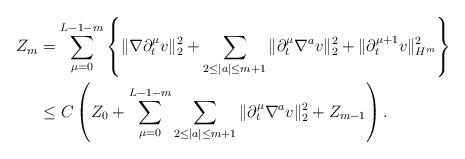
LaTeX: \begin{align*}Z_m &= \sum_{\mu=0}^{L-1-m} \left\{ \|\nabla \partial_t^\mu v\|_2^2 + \sum_{2 \leq |a| \leq m+1} \|\partial_t^\mu \nabla^a v\|^2_2 + \|\partial_t^{\mu+1} v\|^2_{H^m} \right\} \\&\leq C\left (Z_0 + \sum_{\mu=0}^{L-1-m} \sum_{2 \leq |a| \leq m+1} \|\partial_t^\mu \nabla^a v\|^2_2 + Z_{m-1} \right). \end{align*}